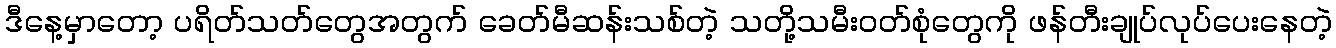
ဒီနေ့မှာတော့ ပရိတ်သတ်တွေအတွက် ခေတ်မီဆန်းသစ်တဲ့ သတို့သမီးဝတ်စုံတွေကို ဖန်တီးချုပ်လုပ်ပေးနေတဲ့